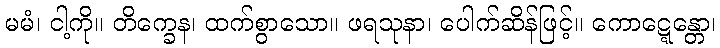
မမံ၊ ငါ့ကို။ တိက္ခေန၊ ထက်စွာသော။ ဖရသုနာ၊ ပေါက်ဆိန်ဖြင့်။ ကောဋ္ဋေန္တော၊